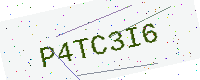
Text: P4TC3I6